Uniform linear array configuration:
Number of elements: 8
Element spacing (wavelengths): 0.5
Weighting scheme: uniform
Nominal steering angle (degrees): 60
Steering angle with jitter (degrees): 59.261
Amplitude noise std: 0.05
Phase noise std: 0.05

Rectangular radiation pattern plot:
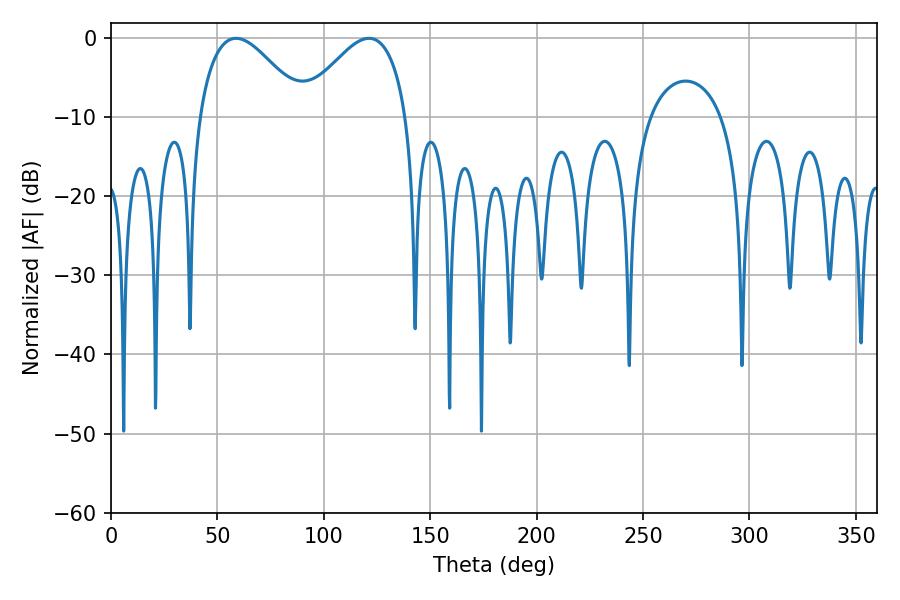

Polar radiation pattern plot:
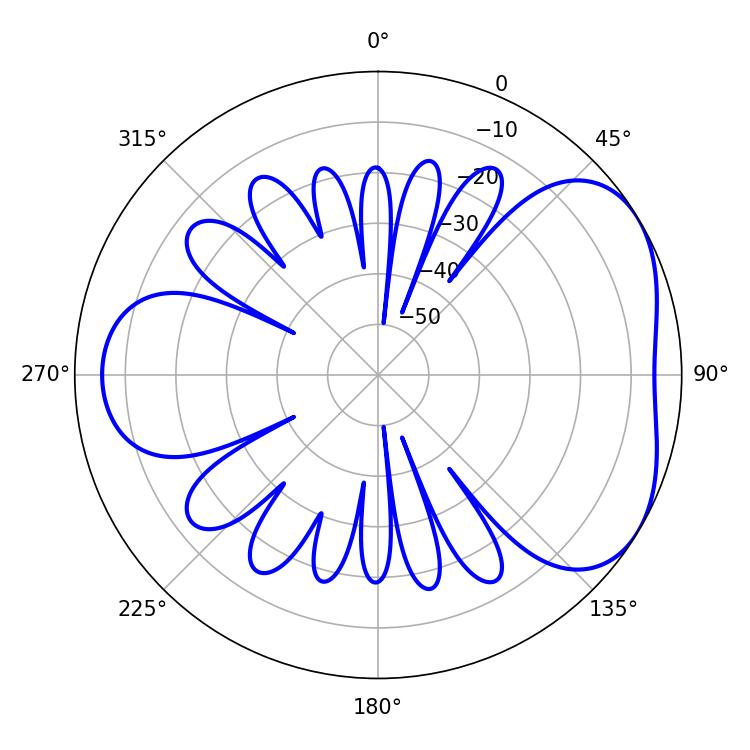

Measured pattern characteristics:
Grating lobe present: FALSE
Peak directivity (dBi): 4.337
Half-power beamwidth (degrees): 27
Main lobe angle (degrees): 58.68